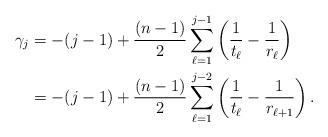
LaTeX: \begin{align*}\gamma_j &= -(j-1) + \frac{(n-1)}{2} \sum_{\ell=1}^{j-1} \left(\frac{1}{t_\ell}- \frac{1}{r_\ell} \right) \\&= -(j-1) + \frac{(n-1)}{2} \sum_{\ell=1}^{j-2} \left(\frac{1}{t_\ell}- \frac{1}{r_{\ell+1}}\right).\end{align*}